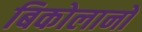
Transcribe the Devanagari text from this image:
बिकोलानो